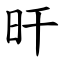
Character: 旰